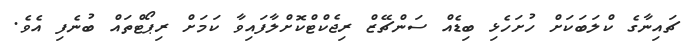
ޗައިނާގެ ކްލަބަކަށް ހުށަހެޅި ބިޑެއް ސަންޗޭޒް ރިޖެކްޓްކޮށްލާފައިވާ ކަމަށް ރިޕޯޓްތައް ބުނެފި އެވެ.